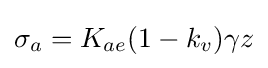
{\textstyle \sigma _{a}=K_{ae}(1-k_{v})\gamma z}